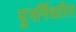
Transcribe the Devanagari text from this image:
पुनर्निधारित